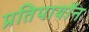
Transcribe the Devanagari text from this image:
प्रतिपायॉन